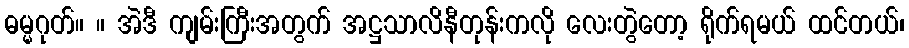
ဓမ္မဂုတ်။ ။ အဲဒီ ကျမ်းကြီးအတွက် အဋ္ဌသာလိနီတုန်းကလို လေးတွဲတော့ ရိုက်ရမယ် ထင်တယ်၊